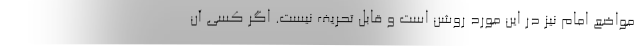
مواضع امام نیز در این مورد روشن است و قابل تحریف نیست. اگر کسی آن